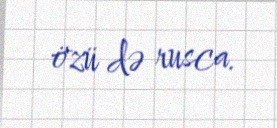
özü də rusca.